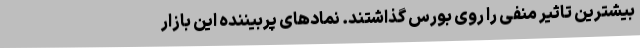
بیشترین تاثیر منفی را روی بورس گذاشتند. نمادهای پربیننده این بازار